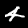
Label: 4